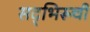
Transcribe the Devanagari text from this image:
सद्‌भिरूची